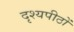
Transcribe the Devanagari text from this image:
दृश्यपीठों